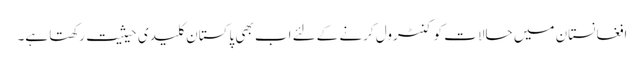
افغانستان میں حالات کو کنٹرول کرنے کےلئے اب بھی پاکستان کلیدی حیثیت رکھتا ہے۔